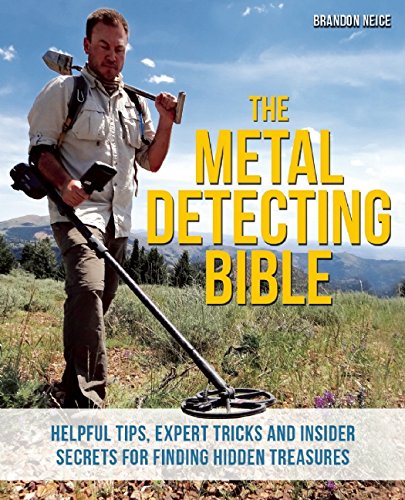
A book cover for The Metal Detecting Bible: Helpful Tips, Expert Tricks and Insider Secrets for Finding Hidden Treasures; Brandon Neice; Crafts, Hobbies & Home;